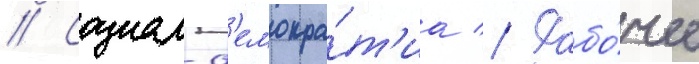
// Социал-д'емокра́т'иа // Рабо́чее